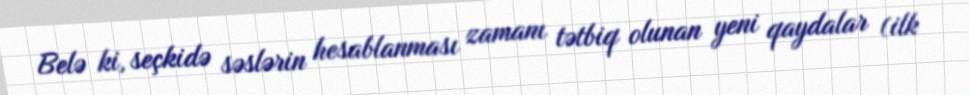
Belə ki, seçkidə səslərin hesablanması zamanı tətbiq olunan yeni qaydalar (ilk